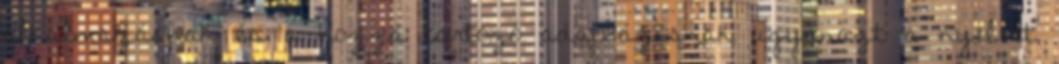
alkalmazásnak és a hozzá tartozó adatbázisnak ugyanazt a nyelvet